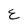
Character: E